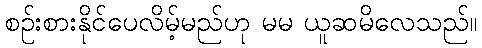
စဉ်းစားနိုင်ပေလိမ့်မည်ဟု မမ ယူဆမိလေသည်။